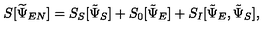
S [ \widetilde { \Psi } _ { E N } ] = S _ { S } [ \tilde { \Psi } _ { S } ] + S _ { 0 } [ \tilde { \Psi } _ { E } ] + S _ { I } [ \tilde { \Psi } _ { E } , \tilde { \Psi } _ { S } ] ,